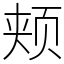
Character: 颊